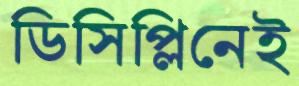
ডিসিপ্লিনেই